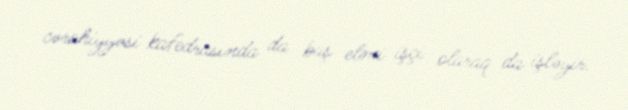
cərahiyyəsi kafedrasında da baş elmi işçi olaraq da işləyir.